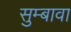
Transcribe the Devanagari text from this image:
सुम्बावा